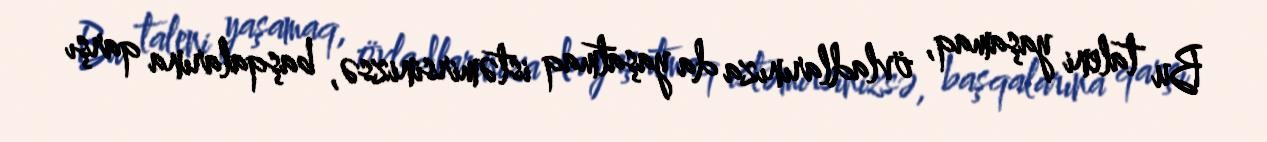
Bu taleni yaşamaq, övladlarınıza da yaşatmaq istəmirsinizsə, başqalarına qarşı